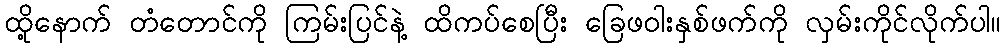
ထို့နောက် တံတောင်ကို ကြမ်းပြင်နဲ့ ထိကပ်စေပြီး ခြေဖဝါးနှစ်ဖက်ကို လှမ်းကိုင်လိုက်ပါ။